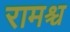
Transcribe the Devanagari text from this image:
रामश्च